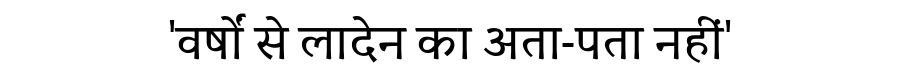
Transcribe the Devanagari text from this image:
'वर्षों से लादेन का अता-पता नहीं'